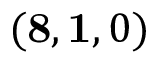
( \mathbf { 8 } , \mathbf { 1 } , 0 )